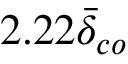
2 . 2 2 \bar { \delta } _ { c o }